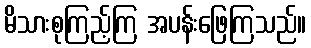
မိသားစုကြည့်ကြ အပန်းဖြေကြသည်။